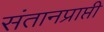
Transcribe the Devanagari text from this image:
संतानप्राप्ती